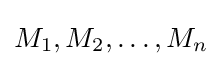
M_{1},M_{2},\ldots ,M_{n}